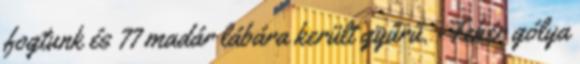
fogtunk és 77 madár lábára került gyűrű. -Fehér gólya